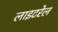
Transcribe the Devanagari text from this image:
लाइटरेल